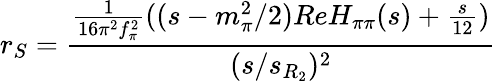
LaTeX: r_{S}=\frac{{\frac{1}{16\pi^{2}f_{\pi}^{2}}}((s-m_{\pi}^{2}/2)ReH_{\pi\pi}(s)+{\frac{s}{12}})}{(s/s_{R_{2}})^{2}}